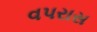
વપરાસ